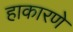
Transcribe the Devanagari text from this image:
हाकारणे